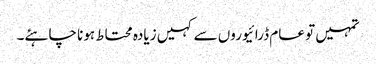
تمہیں تو عام ڈرائیوروں سے کہیں زیادہ محتاط ہونا چاہئے۔